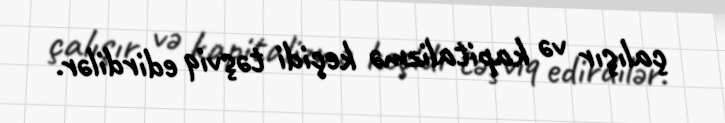
çalışır və kapitalizmə keçidi təşviq edirdilər.